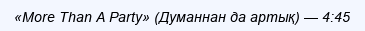
«More Than A Party» (Думаннан да артық) — 4:45